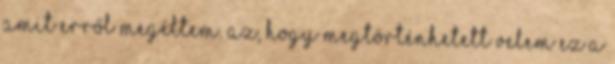
amit erről megéltem. Az, hogy megtörténhetett velem ez a